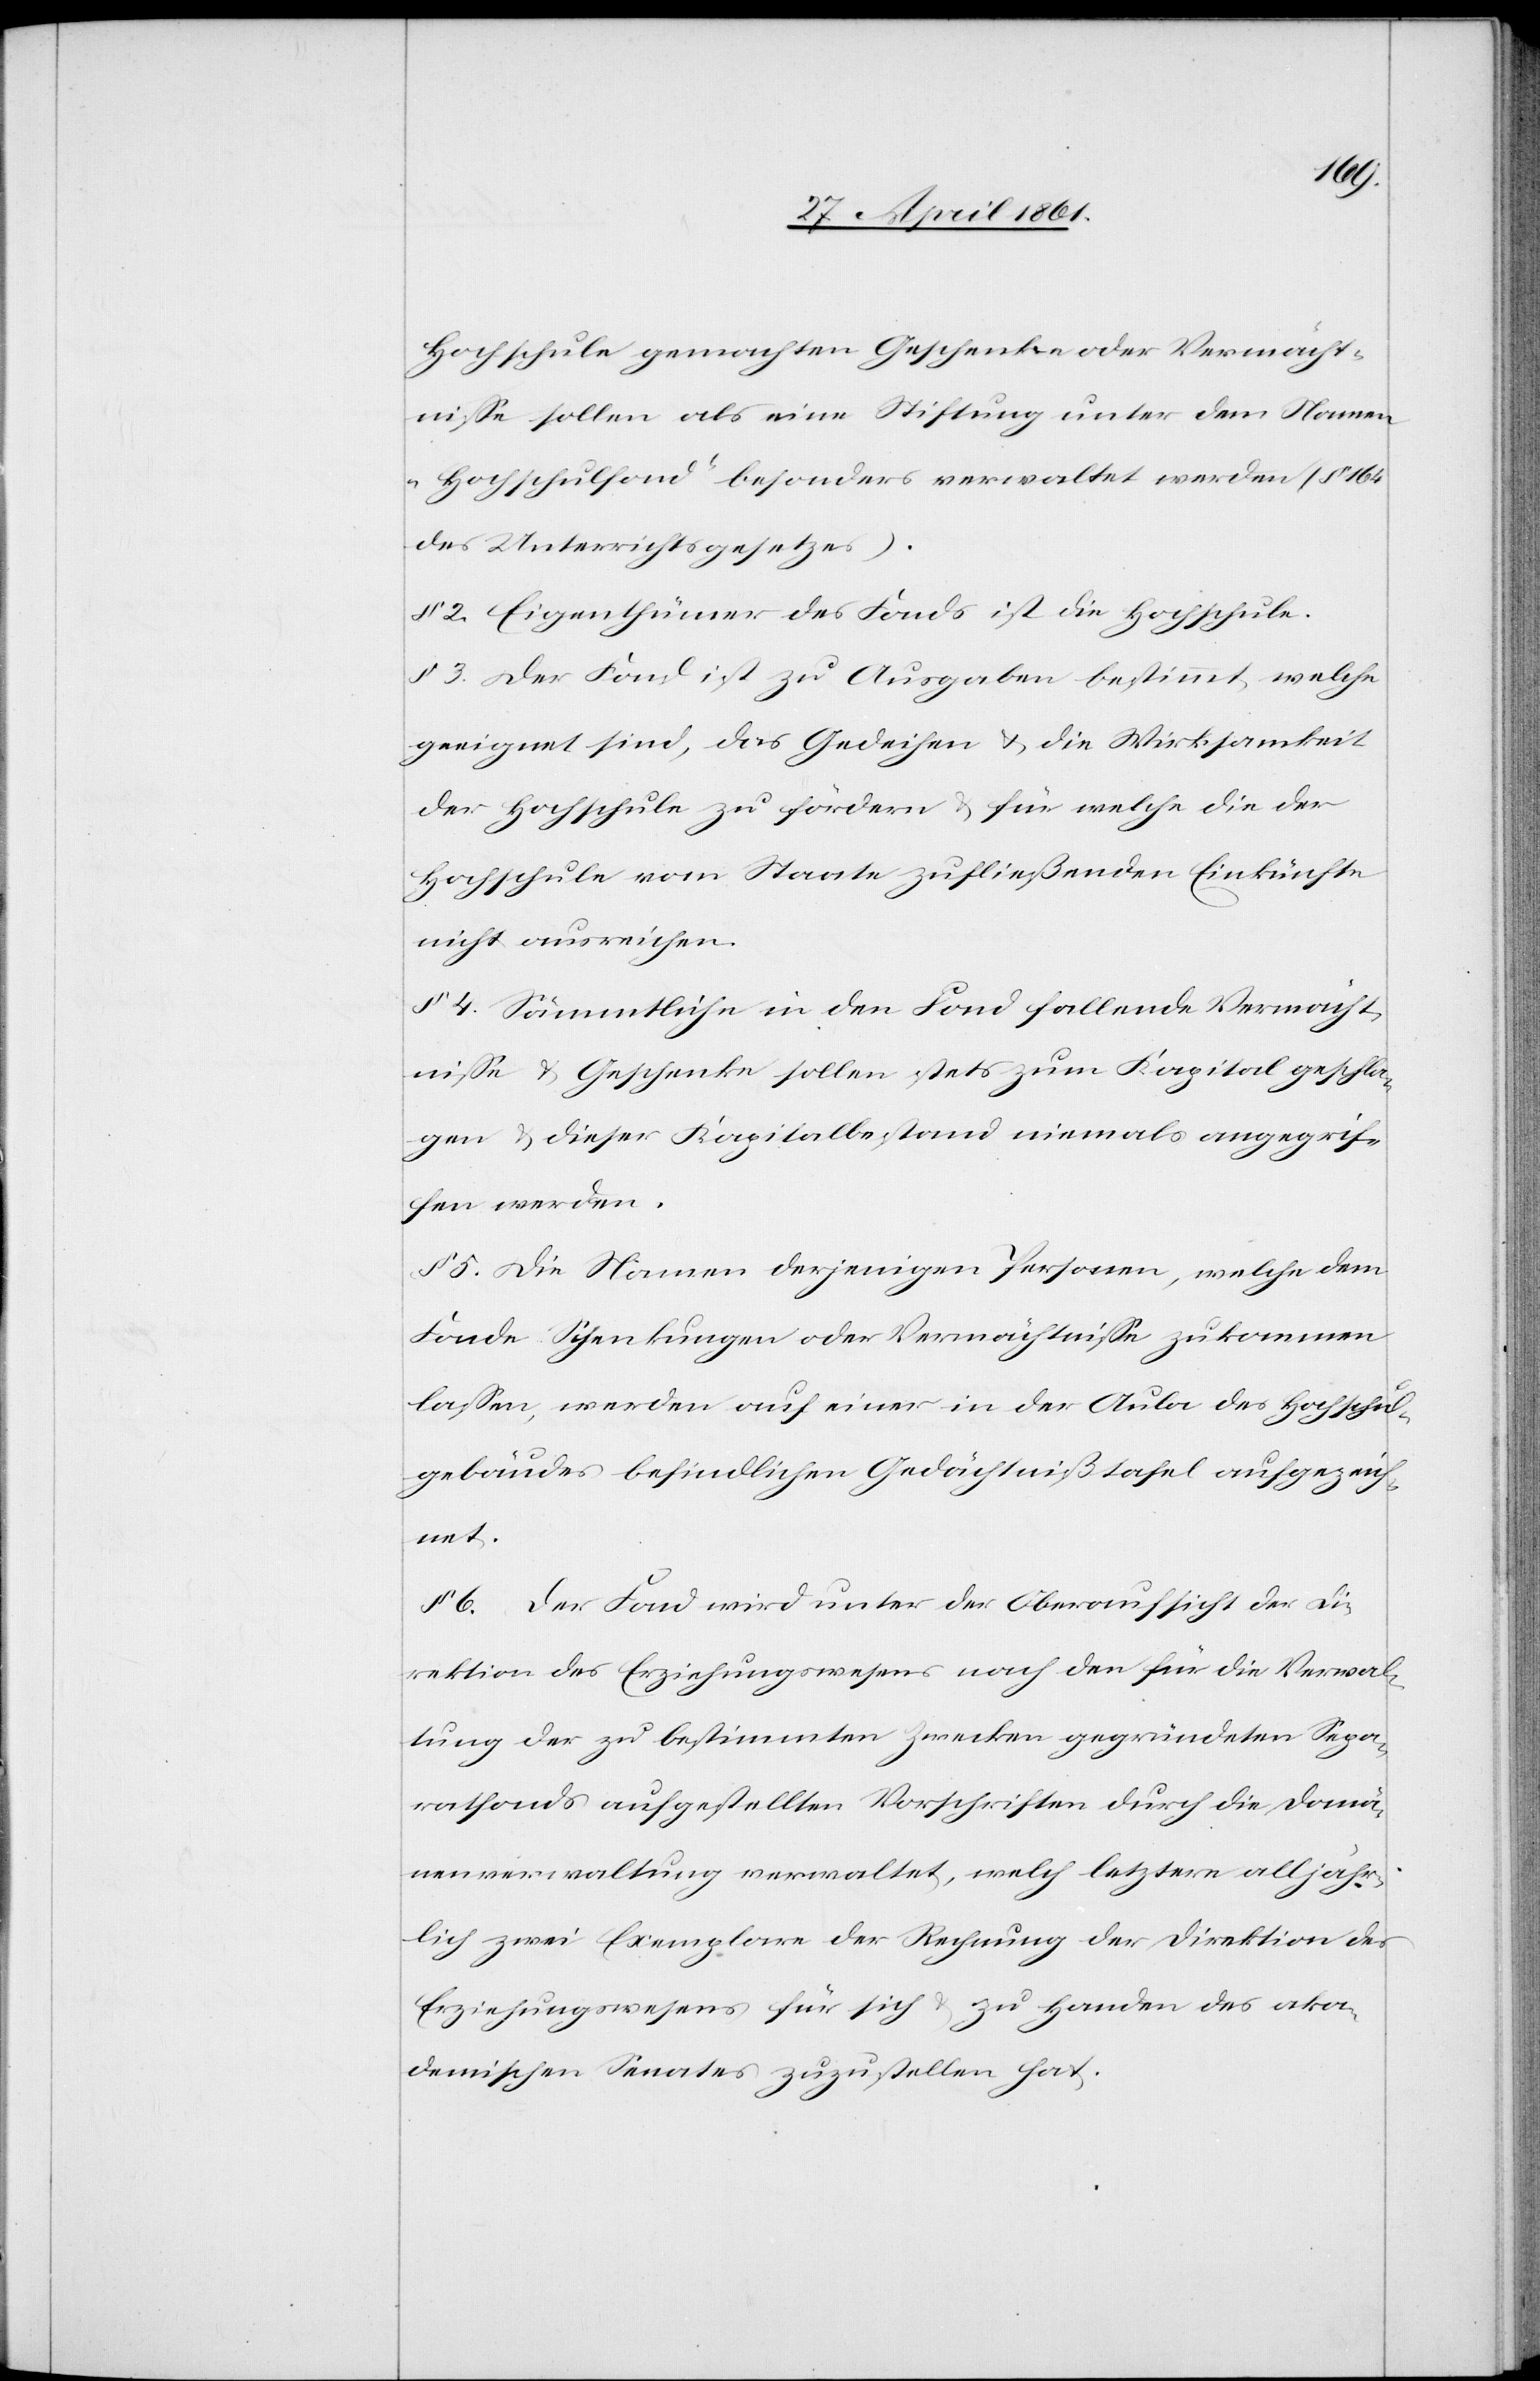
Hochschule gemachten Geschenke oder Vermächt¬
nisse sollen als eine Stiftung unter dem Namen
„Hochschulfond“ besonders verwaltet werden (§. 164
des Unterrichtsgesetzes).
§ 2. Eigenthümer des Fonds ist die Hochschule.
§ 3. Der Fond ist zu Ausgaben bestimmt, welche
geeignet sind, das Gedeihen u. die Wirksamkeit
der Hochschule zu fördern u. für welche die der
Hochschule vom Staate zufließenden Einkünfte
nicht ausreichen.
§ 4. Sämmtliche in den Fond fallende Vermächt¬
nisse u. Geschenke sollen stets zum Kapital geschla¬
gen u. dieser Kapitalbestand niemals angegrif¬
fen werden.
§ 5. Die Namen derjenigen Personen, welche dem
Fonde Schenkungen oder Vermächtnisse zukommen
lassen, werden auf einer in der Aula des Hochschul¬
gebäudes befindlichen Gedächtnißtafel aufgezeich¬
net.
§ 6 Der Fond wird unter der Oberaufsicht der Di¬
rektion des Erziehungswesens nach den für die Verwal¬
tung der zu bestimmten Zwecken gegründeten Sepa¬
ratfonds aufgestellten Vorschriften durch die Domä¬
nenverwaltung verwaltet, welch letztere alljähr¬
lich zwei Exemplare der Rechnung der Direktion des
Erziehungswesens für sich u. zu Handen des aka¬
demischen Senates zuzustellen hat.